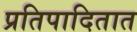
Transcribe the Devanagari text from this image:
प्रतिपादितात